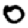
Digit: 0